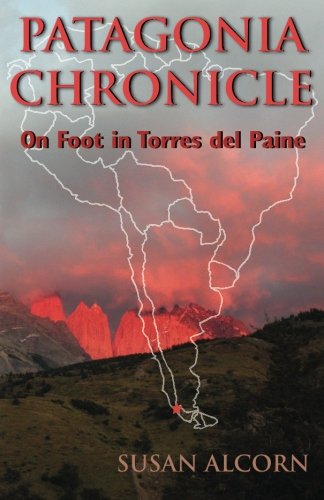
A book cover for Patagonia Chronicle: On Foot in Torres del Paine; Susan Alcorn; Travel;